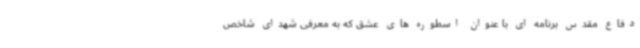
دفاع مقدس برنامه ای با عنوان اسطوره های عشق که به معرفی شهدای شاخص